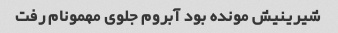
شیرینیش مونده بود آبروم جلوی مهمونام رفت